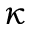
\kappa